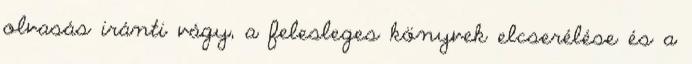
olvasás iránti vágy, a felesleges könyvek elcserélése és a